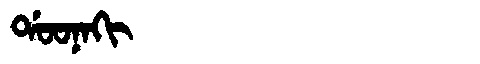
Manchu: ᡩᠣᠣᠨᠠᡴᡳ
Romanization: DOONAKI